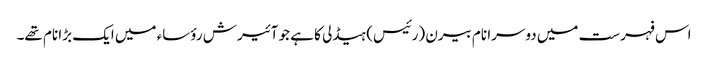
اس فہرست میں دوسرا نام بیرن (رئیس) ہیڈلی کا ہے جو آئیرش رؤساء میں ایک بڑا نام تھے۔